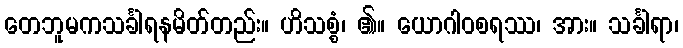
တေဘူမကသင်္ခါရနမိတ်တည်း။ ဟိသစ္စံ၊ ၏။ ယောဂါဝစရဿ၊ အား။ သင်္ခါရာ၊